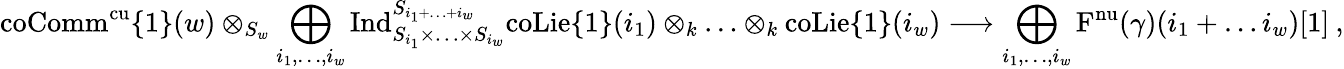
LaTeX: \mathrm{coComm}^{\mathrm{cu}}\{ 1\} (w)\otimes_{S_{w}}\bigoplus_{i_{1},\ldots,i_{w}}\mathrm{Ind}_{S_{i_{1}}\times\ldots\times S_{i_{w}}}^{S_{i_{1}+\ldots+i_{w}}}\mathrm{coLie}\{ 1\} (i_{1})\otimes_{k}\ldots\otimes_{k}\mathrm{coLie}\{ 1\} (i_{w})\longrightarrow\bigoplus_{i_{1},\ldots,i_{w}}\mathrm{F}^{\mathrm{nu}}(\gamma)(i_{1}+\ldots i_{w})[1]\: ,